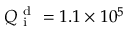
Q _ { \mathrm { ~ i ~ } } ^ { \mathrm { ~ d ~ } } = 1 . 1 \times 1 0 ^ { 5 }